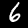
Label: 6